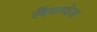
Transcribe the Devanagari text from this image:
लैंगग्वेज